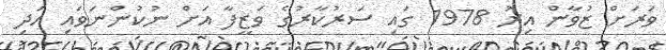
ވަރަށް ޒުވާން އިރު 1978 ގައި ސަރުކާރުގެ ވަޒީފާ އަށް ނުކުންނަވައި އަދި